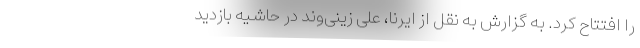
را افتتاح کرد. به گزارش به نقل از ایرنا، علی زینی‌وند در حاشیه بازدید